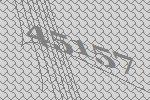
45157